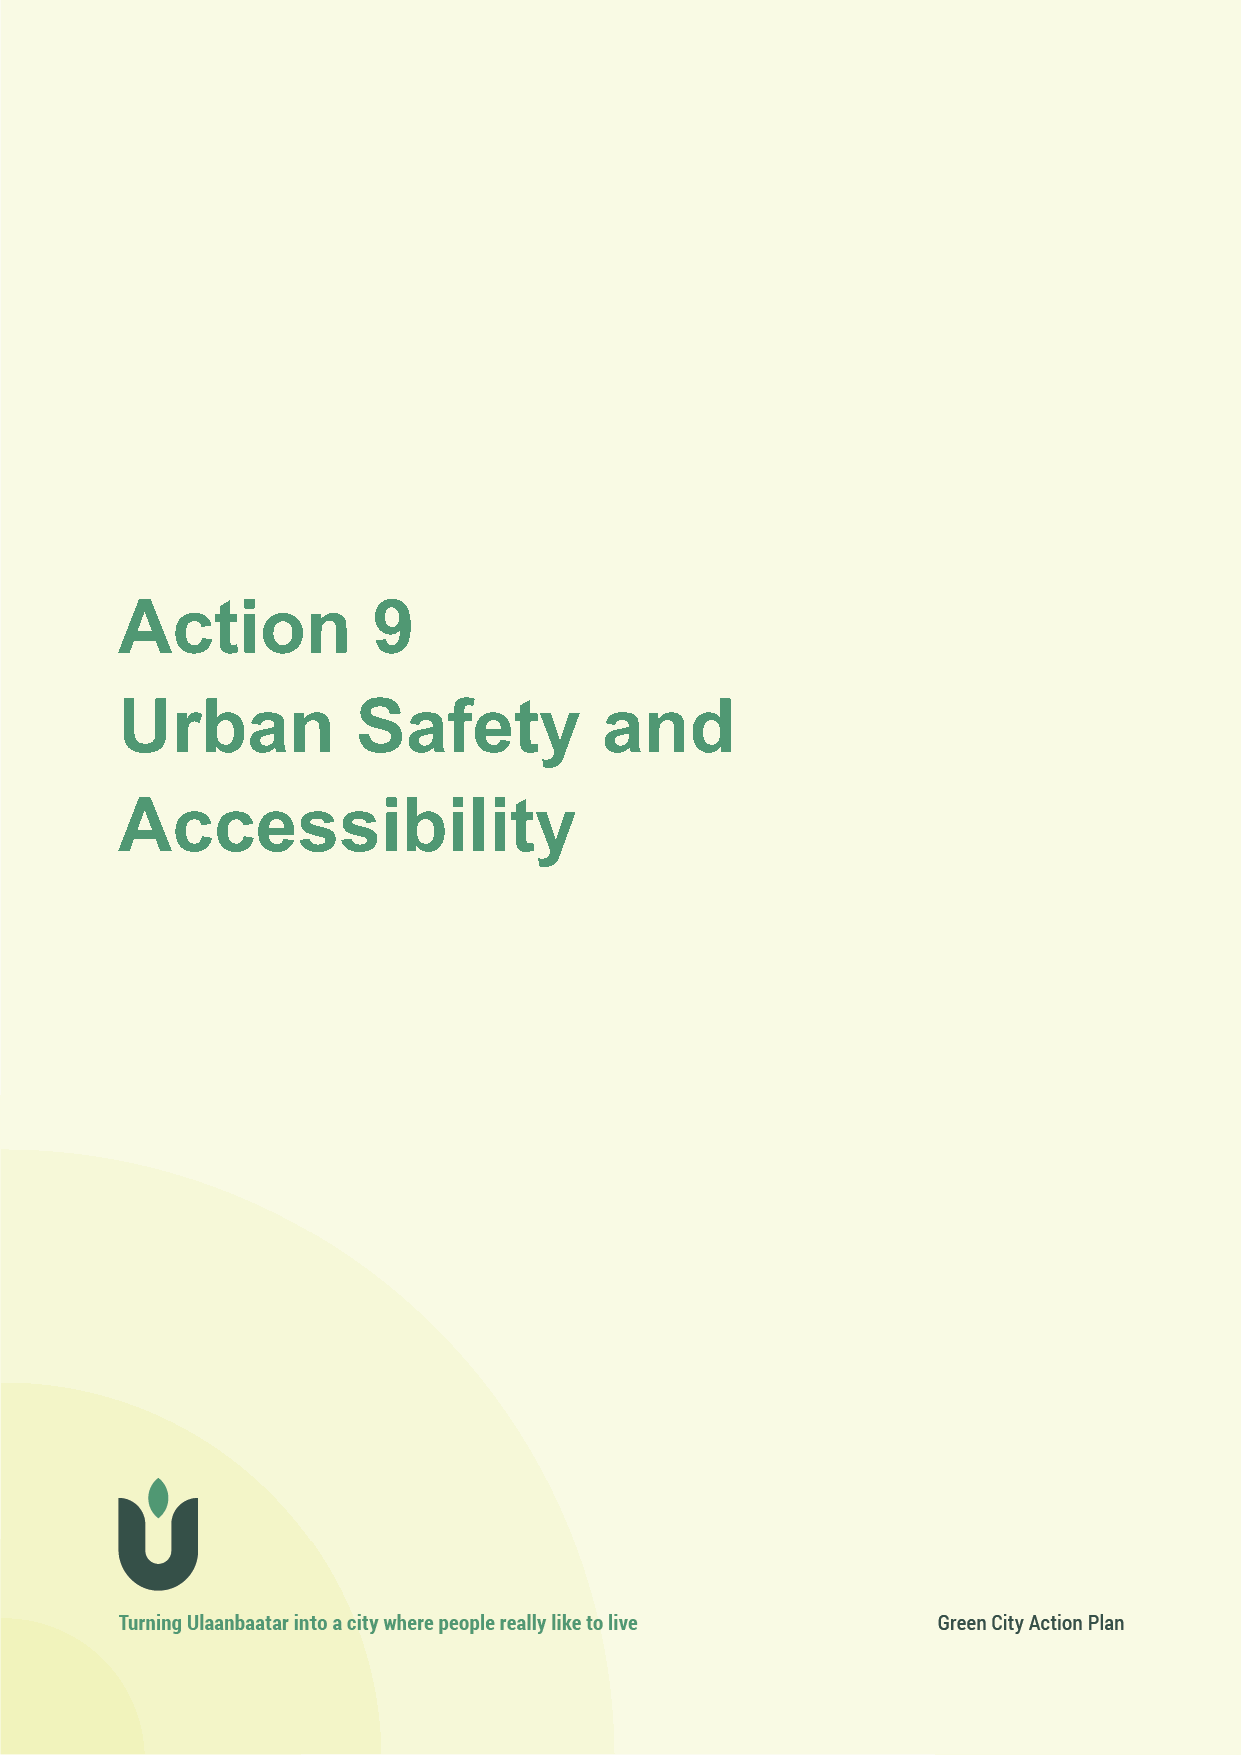
Action 9
 contributing to Strategic Objectives: air quality, climate mitigation, climate resilience, happy city
 Action           9
 Urban           Safety          and
 Accessibility
 87